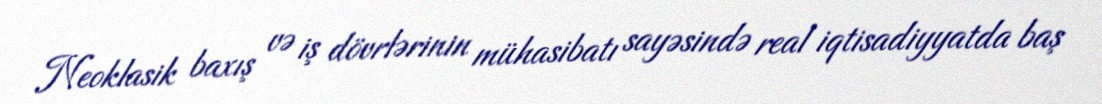
Neoklasik baxış və iş dövrlərinin mühasibatı sayəsində real iqtisadiyyatda baş